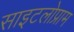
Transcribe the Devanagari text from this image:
साइटलोप्राम